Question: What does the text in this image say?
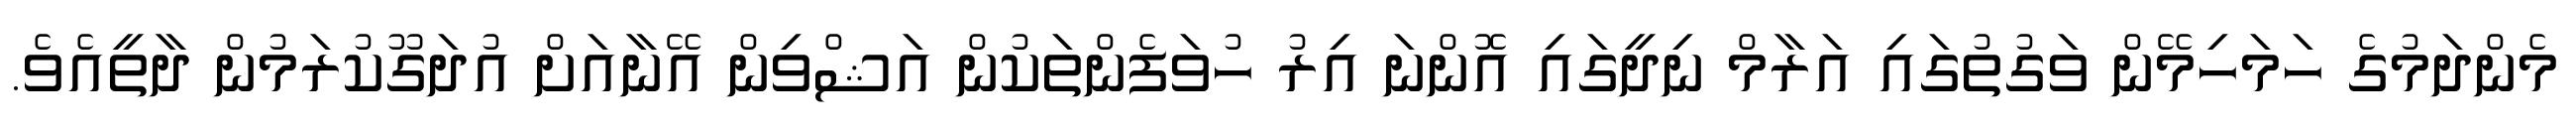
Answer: މެންދަމުގެ ހަމަހިމޭން ވަގުތުގައި އަރާމް ނިދީގައި އޮންނަ އިރު ހުވަފެންތަކުން އަޝްވިން އޭނާއަށް އުދަގޫކުރަމުން ދާތީއެވެ.